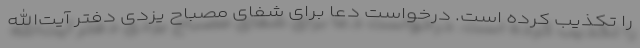
را تکذیب کرده است. درخواست دعا برای شفای مصباح یزدی دفتر آیت‌الله